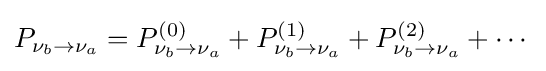
P_{\nu _{b}\rightarrow \nu _{a}}=P_{\nu _{b}\rightarrow \nu _{a}}^{(0)}+P_{\nu _{b}\rightarrow \nu _{a}}^{(1)}+P_{\nu _{b}\rightarrow \nu _{a}}^{(2)}+\cdots